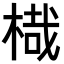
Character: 𣖋